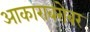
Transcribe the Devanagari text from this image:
आकाराबरोबर